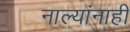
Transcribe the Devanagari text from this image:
नाल्यांनाही